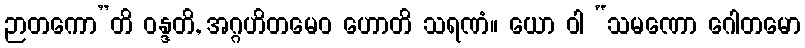
ဉာတကော”တိ ဝန္ဒတိ, အဂ္ဂဟိတမေဝ ဟောတိ သရဏံ။ ယော ဝါ “သမဏော ဂေါတမော